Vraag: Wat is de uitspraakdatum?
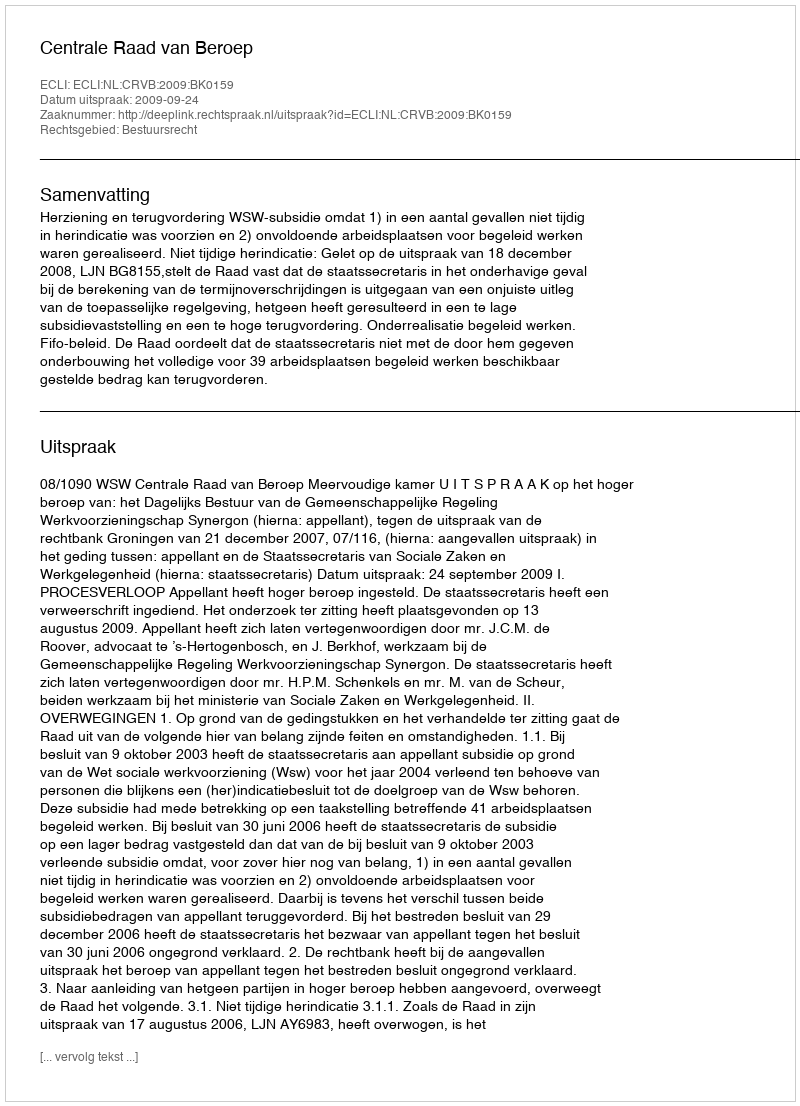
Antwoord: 2009-09-24